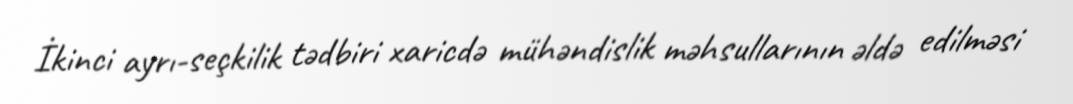
İkinci ayrı-seçkilik tədbiri xaricdə mühəndislik məhsullarının əldə edilməsi